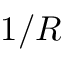
1 / R